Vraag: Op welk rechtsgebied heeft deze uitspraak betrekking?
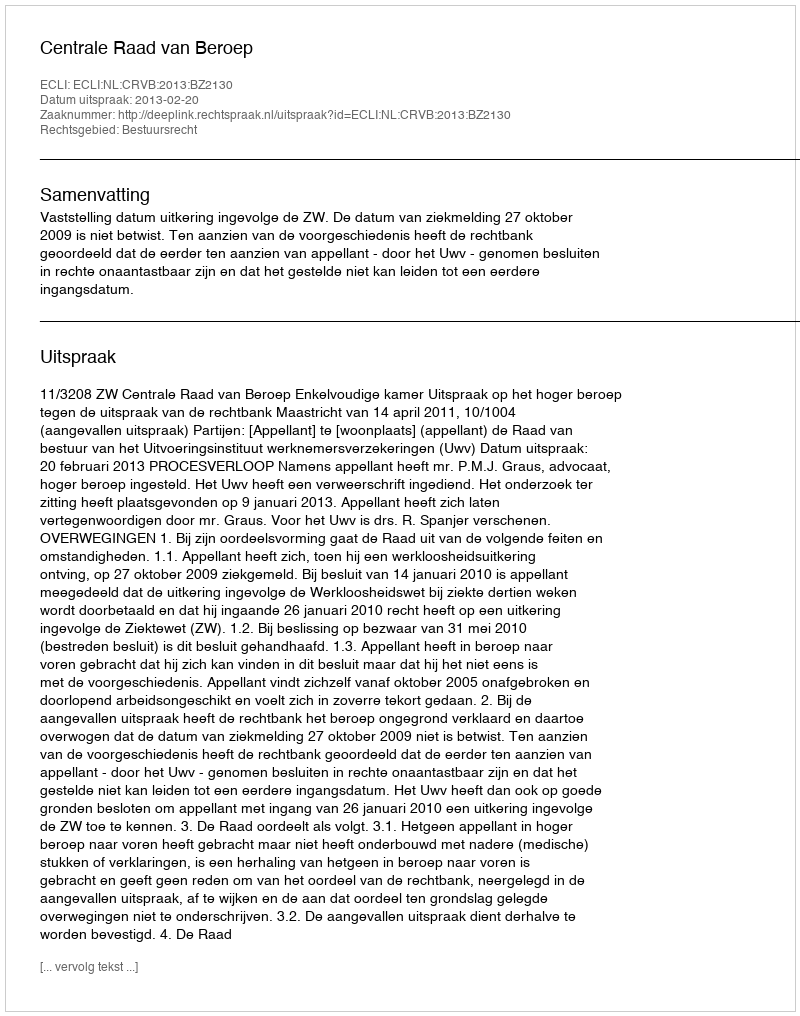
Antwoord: Bestuursrecht